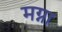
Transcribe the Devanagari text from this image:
मग्ना